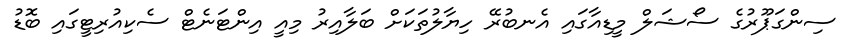
ސިންގަޕޫރުގެ ސޯޝަލް މީޑިއާގައި އެނބުރޭ ހިޔާލުތަކަށް ބަލާއިރު މިއީ އިންޓަނެޓް ސެކިއުރިޓީގައި ބޮޑު